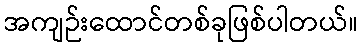
အကျဉ်းထောင်တစ်ခုဖြစ်ပါတယ်။